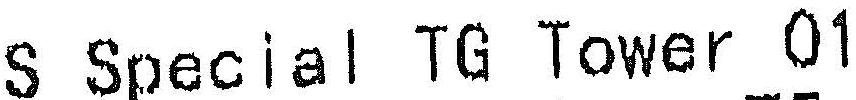
S SPECIAL TG TOWER 01